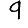
Digit: 9